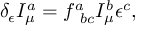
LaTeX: \delta _ { \epsilon } I _ { \mu } ^ { a } = f _ { \ b c } ^ { a } I _ { \mu } ^ { b } \epsilon ^ { c } ,